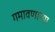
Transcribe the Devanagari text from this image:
गमावणाऱ्या